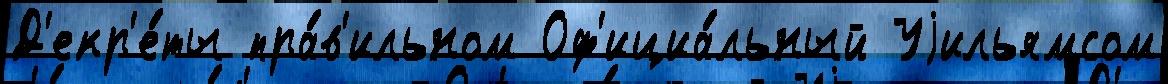
Д'екр'е́ты пра́в'ильном Оф'ициа́льный Уjильямсом